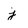
Character: j